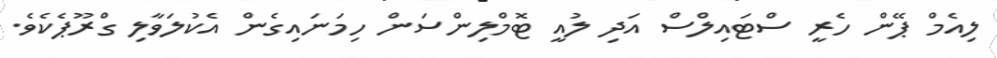
ލިއެމް ޕޭން ހެރީ ސްޓައިލްސް އަދި ލުއީ ޓޮމްލިންސަން ހިމަނައިގެން އެކުލަވާލި ގްރޫޕެކެވެ.